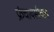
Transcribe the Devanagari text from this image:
फ्रंचायसीचाच